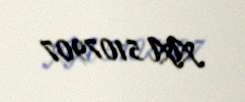
AA 5107907